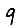
Digit: 9